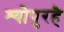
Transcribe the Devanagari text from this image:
श्योपुरहै